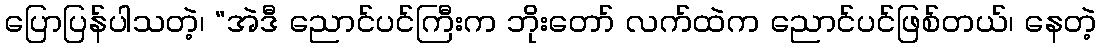
ပြောပြန်ပါသတဲ့၊ “အဲဒီ ညောင်ပင်ကြီးက ဘိုးတော် လက်ထဲက ညောင်ပင်ဖြစ်တယ်၊ နေတဲ့